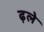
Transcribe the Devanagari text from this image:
ढ़ले